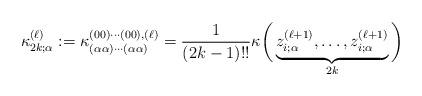
LaTeX: \begin{align*}\kappa_{2k;\alpha}^{(\ell)}:= \kappa_{(\alpha\alpha)\cdots(\alpha\alpha)}^{(00)\cdots (00),(\ell)}=\frac{1}{(2k-1)!!}\kappa\bigg(\underbrace{z_{i;\alpha}^{(\ell+1)},\ldots, z_{i;\alpha}^{(\ell+1)}}_{2k}\bigg) \end{align*}